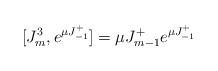
LaTeX: \begin{align*}[J^3_m,e^{\mu J^+_{-1}}]=\mu J^+_{m-1} e^{\mu J^+_{-1}}\end{align*}